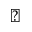
\blacktriangledown